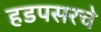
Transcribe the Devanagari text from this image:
हडपसरचे